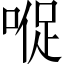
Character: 𱓠